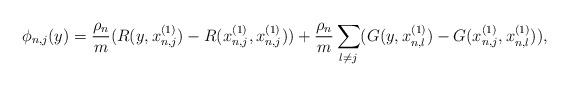
LaTeX: \begin{align*} \phi_{n,j}(y)=\frac{\rho_n}{m}(R(y,x_{n,j}^{(1)})-R(x_{n,j}^{(1)},x_{n,j}^{(1)}))+\frac{\rho_n}{m}\sum_{l\neq j}(G(y,x_{n,l}^{(1)})-G(x_{n,j}^{(1)},x_{n,l}^{(1)})),\end{align*}